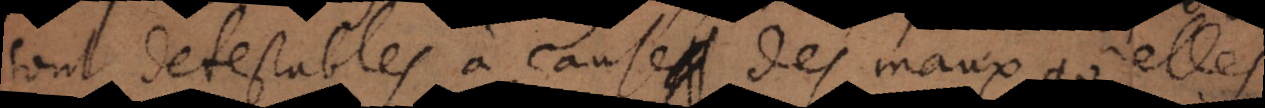
sont detestables à cause des maux qu’elles